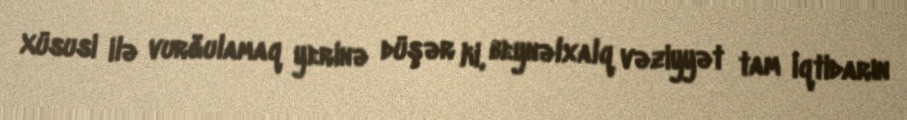
Xüsusi ilə vurğulamaq yerinə düşər ki, beynəlxalq vəziyyət tam iqtidarın